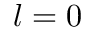
l = 0